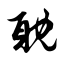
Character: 耽